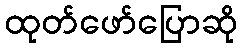
ထုတ်ဖော်ပြောဆို